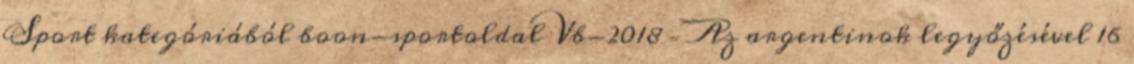
Sport kategóriából boon-sportoldal Vb-2018 – Az argentinok legyőzésével 16